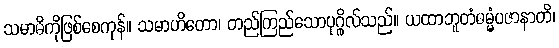
သမာဓိကိုဖြစ်စေကုန်။ သမာဟိတော၊ တည်ကြည်သောပုဂ္ဂိုလ်သည်။ ယထာဘူတံဓမ္မံပဇာနာတိ၊